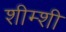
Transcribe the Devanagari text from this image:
शीम्शी